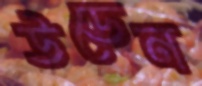
উডেন